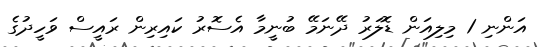
އަންނި 1 މިލިއަން ޑޮލަރު ދޭނަމޭ ބުނީމާ އެސޮރު ކައިރިން ރައީސް ވަހީދުގެ